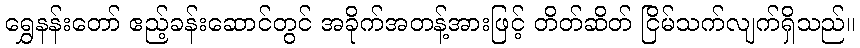
ရွှေနန်းတော် ဧည့်ခန်းဆောင်တွင် အခိုက်အတန့်အားဖြင့် တိတ်ဆိတ် ငြိမ်သက်လျက်ရှိသည်။